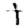
Digit: 1